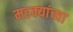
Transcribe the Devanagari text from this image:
मडक्यांच्या